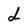
Character: d